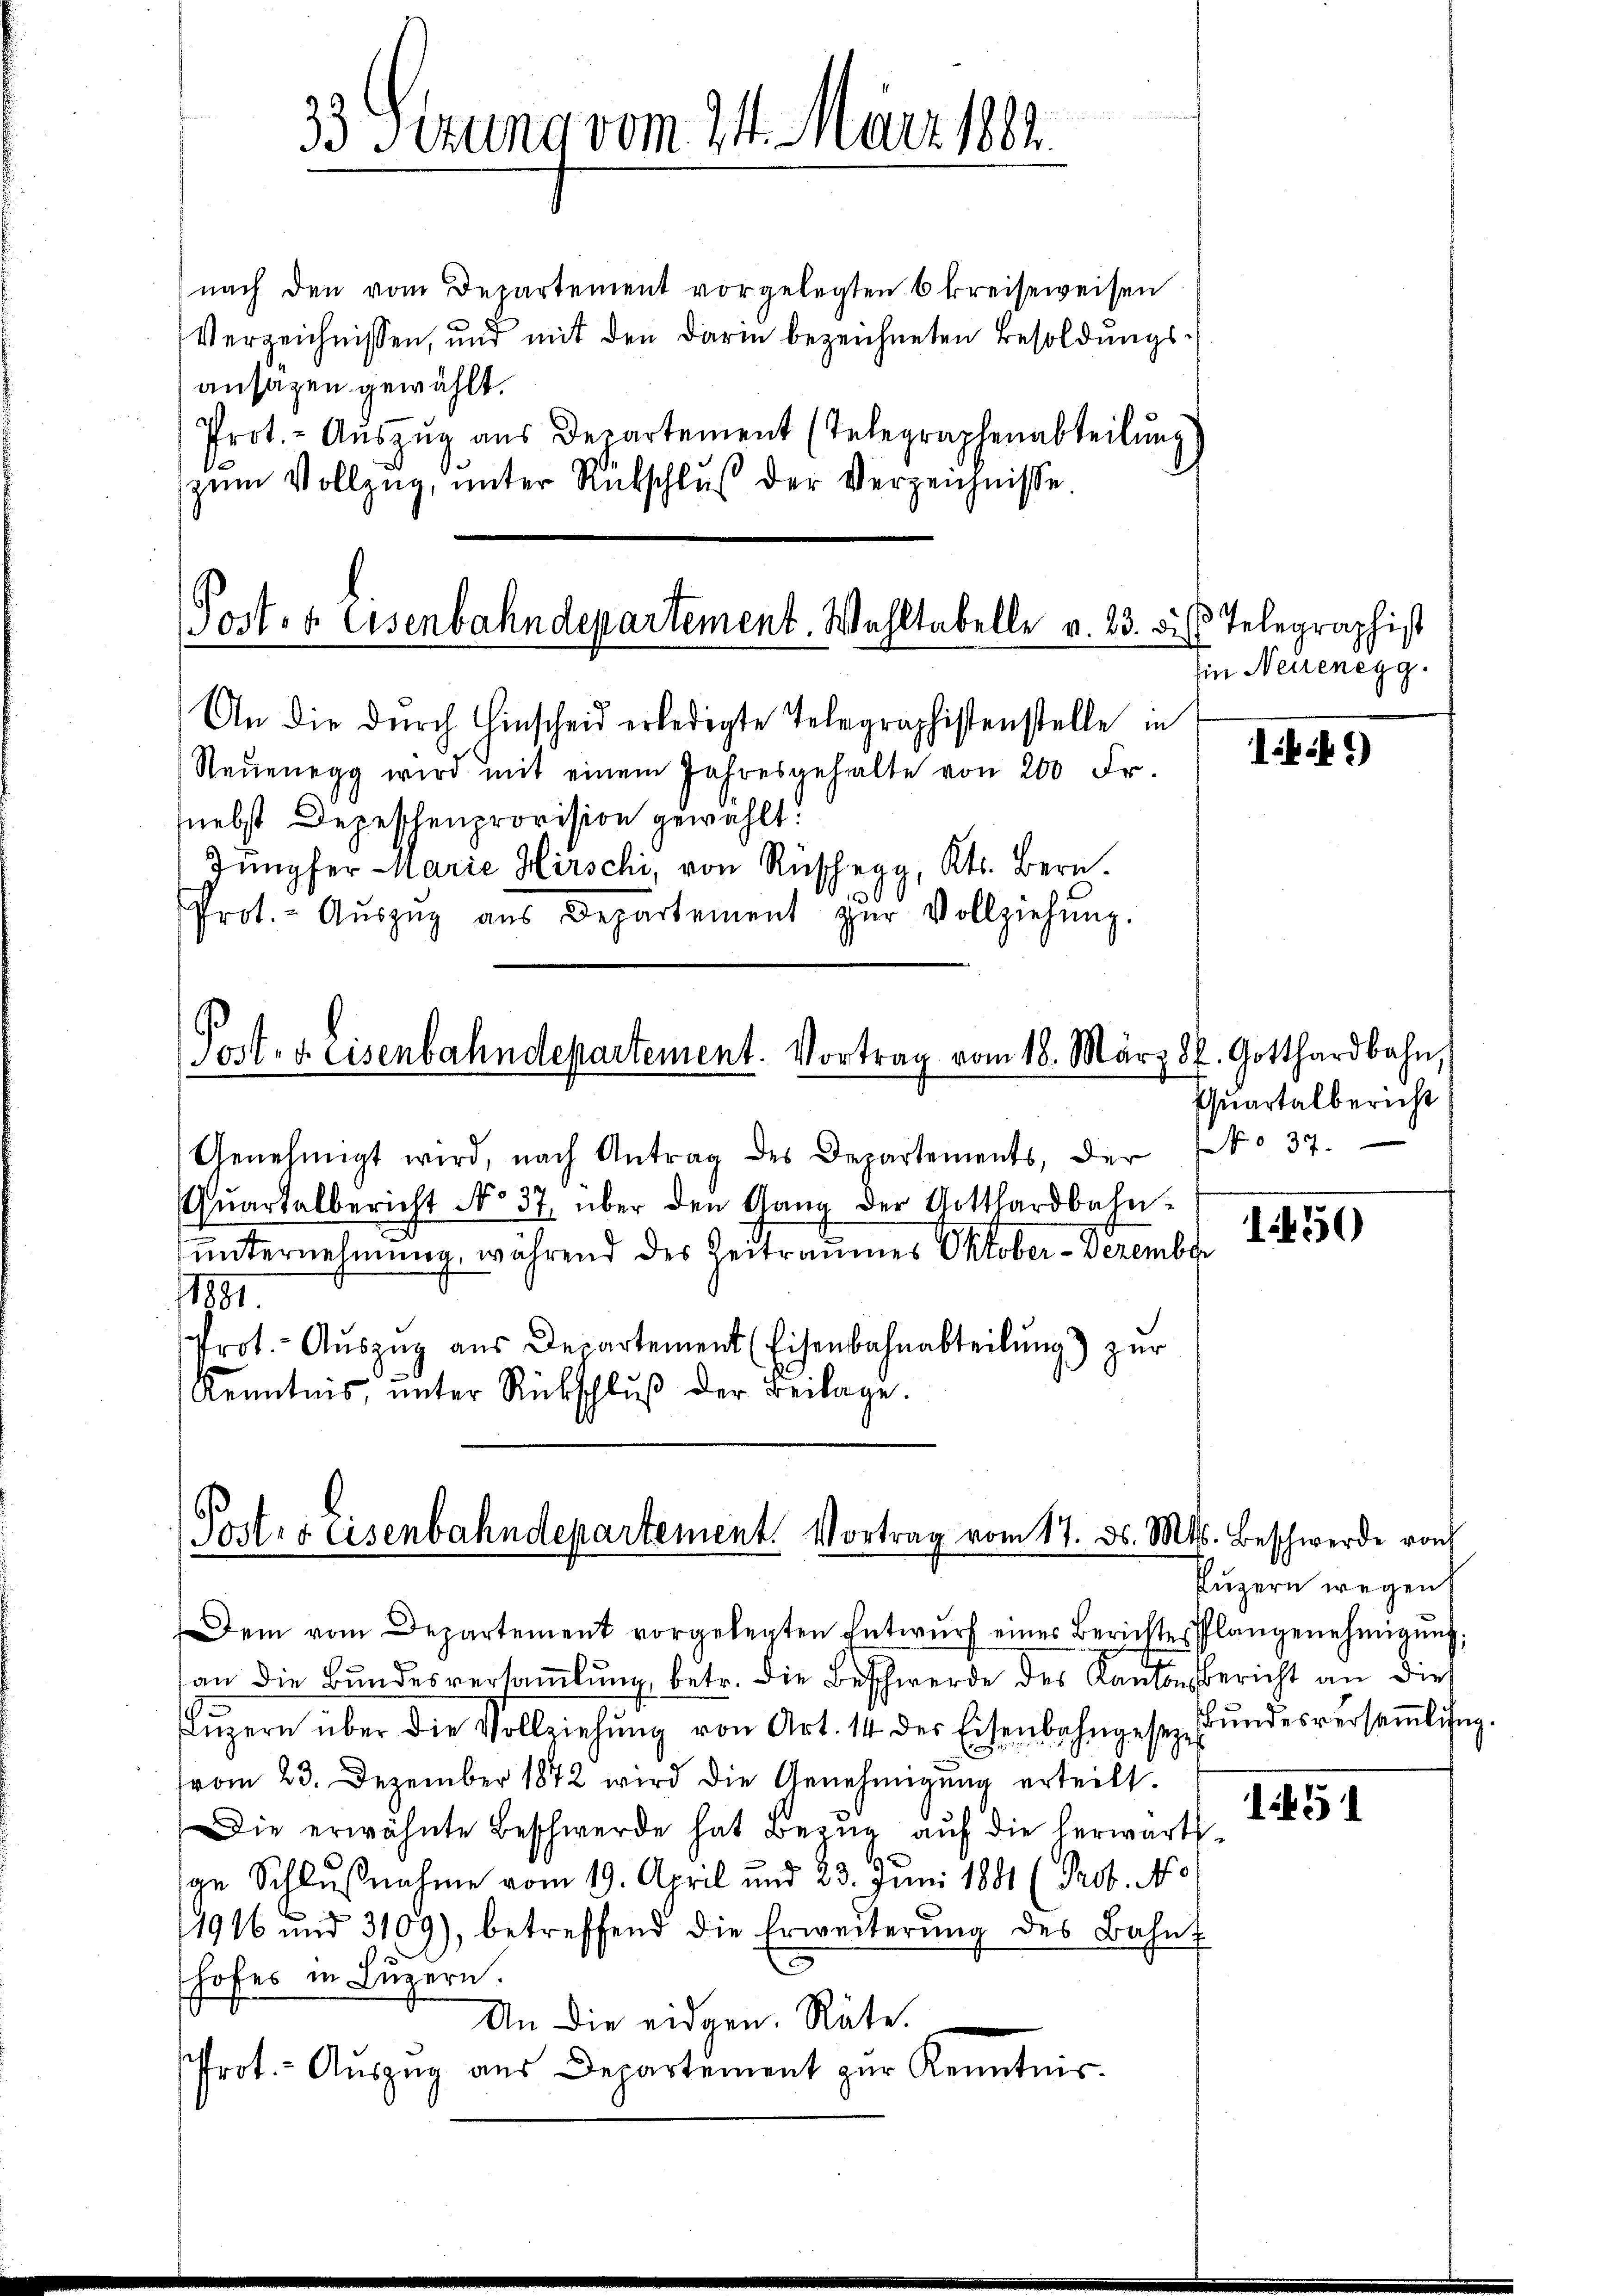
33 Sezung vom 31. März 1882.

ansagen gewählt.
e

Poster Eisenbahndepartement. Wohltabelle v. 23. bis Telegraphist
An die durch Einscheid erledigte Telegraphistenstelle in

Post- u. Eisenbahndepartement. Vortrag vom 16. März d. Gotthardbahn,

Neŭenegg wird mit einem Jahresgehalte von 200 Fr.
nebst Depeschenprovision gewählt.
Jungfer Marie Hirschi, von Rüschrag, Kts. Bern.
0
Prot. - Aŭszŭg aŭs Departement zŭr Vollziehŭng.

Genehmigt wird, nach Antrag des Departements, der No 37.
Quartalbericht No 37. über den Gang der Gotthardbahn-
unternehmung, während der Zeitraumes Oktober-Dezember
1881.
Prot.- Aŭszŭg aŭs Departement (Eisenbahnabteilŭng) zŭr
Kenntnis, unter Rückschlŭβ der Beilage.

nach den vom Departement vorgelegten 6 kreiseweisen
Verzeichnissen, und mit den darin bezeichneten Besoldŭngs-
Prot. - Aŭszŭg aŭs Departement (Telegraphenabteilŭng
zum Vollzug, unter Rükschluß der Verzeichnisse

Postes Eisenbahndepartement. Vortrag vom 17. ds. Mts. Beschwerde von

Dem vom Departement vorgelegten Entwurf eines Berichtes Plangenehmigung,
an die Bundesversammlung, betr. die Beschwerde des Kantonsbericht an dies
Lŭzern über die Vollziehŭng von Art. 14 des Eisenbahngesez Bŭndesversaṁling.
vom 23. Dezember 1872 wird die Genehmigung erteilt.
Die erwähnte Beschwerde hat Bezŭg aŭf die herwärts-
ge Schlußnahme vom 19. April und 23. Juni 1881 (Prob. No
1916 und 3109), betreffend die Erweiterŭng des Bahnf
B
hofes in Luzern
An die eidgen. Räte.
Prot.- Aŭszŭg aŭs Departement zŭr Kenntnis.

Ein Neuenegg.

Quartalbericht

19

1450

Puzern wegen

1451